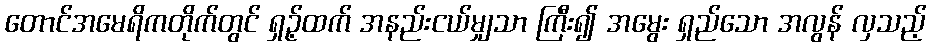
တောင်အမေရိကတိုက်တွင် ရှဉ့်ထက် အနည်းငယ်မျှသာ ကြီး၍ အမွေး ရှည်သော အလွန် လှသည့်